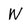
Character: W